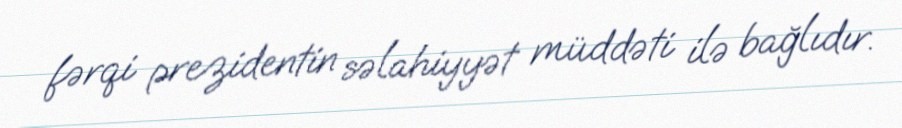
fərqi prezidentin səlahiyyət müddəti ilə bağlıdır.